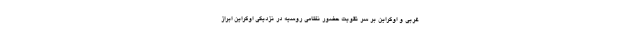
غربی و اوکراین بر سر تقویت حضور نظامی روسیه در نزدیکی اوکراین ابراز